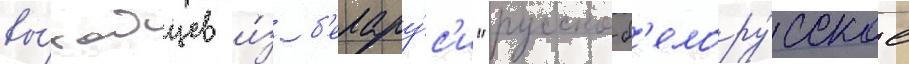
вы́ходцев и́з б'елару́с'и "русско-б'елору́сское